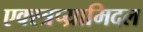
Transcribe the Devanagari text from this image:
एक्स्त्रप्य्रामिदल